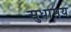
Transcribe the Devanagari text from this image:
सुधामय